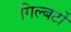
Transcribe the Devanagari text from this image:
गिल्बर्टो